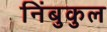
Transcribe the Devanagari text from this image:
निंबुकुल